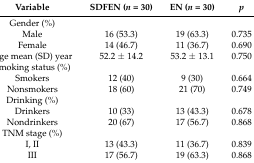
| Variable | SDFEN (n = 30) | EN (n = 30) | p |
 | --- | --- | --- | --- |
 | Gender (%) |  |  |  |
 | Male | 16 (53.3) | 19 (63.3) | 0.735 |
 | Female | 14 (46.7) | 11 (36.7) | 0.690 |
 | Age mean (SD) year | 52.2 ± 14.2 | 53.2 ± 13.1 | 0.750 |
 | Smoking status (%) |  |  |  |
 | Smokers | 12 (40) | 9 (30) | 0.664 |
 | Nonsmokers | 18 (60) | 21 (70) | 0.749 |
 | Drinking (%) |  |  |  |
 | Drinkers | 10 (33) | 13 (43.3) | 0.678 |
 | Nondrinkers | 20 (67) | 17 (56.7) | 0.868 |
 | TNM stage (%) |  |  |  |
 | I, II | 13 (43.3) | 11 (36.7) | 0.839 |
 | III | 17 (56.7) | 19 (63.3) | 0.868 |